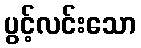
ပွင့်လင်းသော